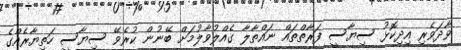
ވާދަވެރި އިދިކޮޅު ސިޔާސީ ފަރާތްތައް ނައްތާލާ ގެއްލުވާލުމަށް ބޭނުން ކުރެވޭ ސިޔާސީ ހަތިޔާރެއްގެ